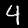
Label: 4